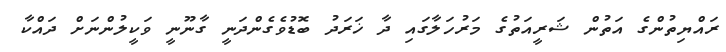
ރައްޔިތުންގެ އަތުން ޝަރީއަތުގެ މަރުހަލާގައި ދާ ޚަރަދު ބޮޑުވެގެންދަނީ ގާނޫނީ ވަކީލުންނަށް ދައްކާ